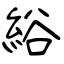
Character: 綌